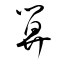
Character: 算